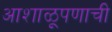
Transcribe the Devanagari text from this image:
आशाळूपणाची